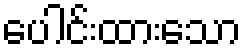
ပေါင်းထားသော